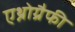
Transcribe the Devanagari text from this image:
एथ्नोग्रैफी